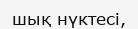
шық нүктесі,